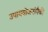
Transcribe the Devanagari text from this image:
उपाययोजनांपैकी